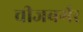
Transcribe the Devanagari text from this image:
चीजबर्गर